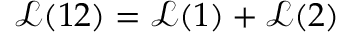
\mathcal { L } ( 1 2 ) = \mathcal { L } ( 1 ) + \mathcal { L } ( 2 )